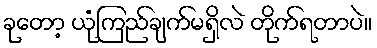
ခုတော့ ယုံကြည်ချက်မရှိလဲ တိုက်ရတာပဲ။